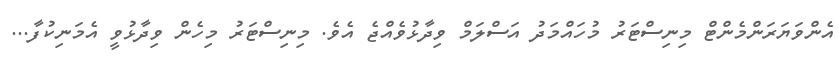
އެންވަޔަރަންމެންޓް މިނިސްޓަރު މުހައްމަދު އަސްލަމް ވިދާޅުވެއްޖެ އެވެ. މިނިސްޓަރު މިހެން ވިދާޅުވީ އެމަނިކުފާ...